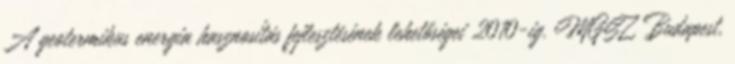
A geotermikus energia hasznosítás fejlesztésének lehetőségei 2010-ig. MGSZ, Budapest,